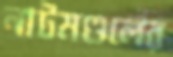
নাটমণ্ডলের